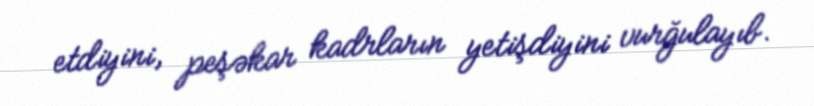
etdiyini, peşəkar kadrların yetişdiyini vurğulayıb.